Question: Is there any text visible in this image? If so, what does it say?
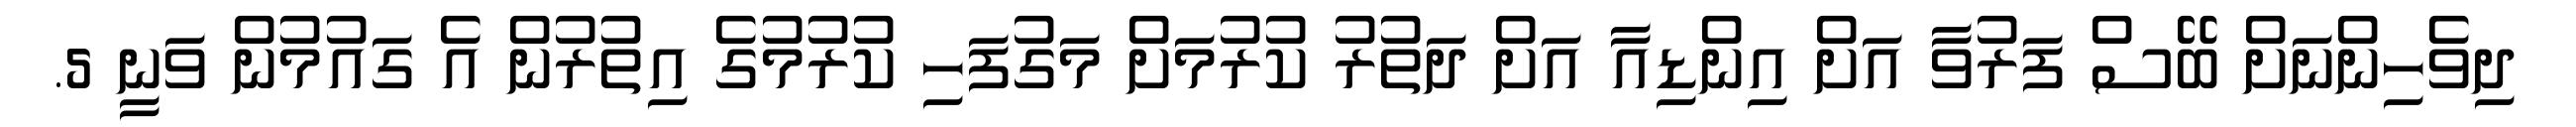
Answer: ދިވެހިންނަށް ބޭސް ފަރުވާ އަށް އިންޑިއާ އަށް ދަތުރު ކުރުމަށް މަގުފަހި ކުރުމުގެ އިތުރުން އެ ގައުމުން ވަނީ 5.